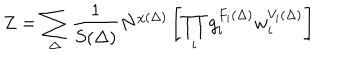
Z = \sum _ { \Delta } \frac { 1 } { S ( \Delta ) } N ^ { \chi ( \Delta ) } \left[ \prod _ { i } g _ { i } ^ { F _ { i } ( \Delta ) } w _ { i } ^ { V _ { i } ( \Delta ) } \right]